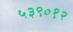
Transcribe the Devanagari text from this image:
५३९०१२